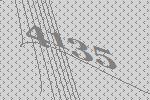
4135